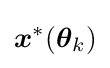
{\boldsymbol {x}}^{*}({\boldsymbol {\theta }}_{k})